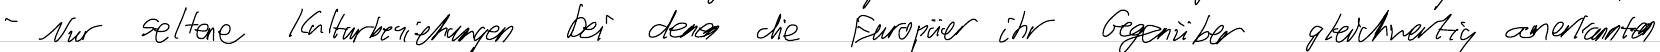
- Nur seltene Kulturbeziehungen bei denen die Europäer ihr Gegenüber gleichwertig anerkannten